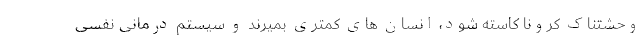
وحشتناک کرونا کاسته شود، انسان های کمتری بمیرند و سیستم درمانی نفسی